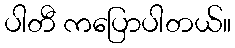
ပါတီ ကပြောပါတယ်။